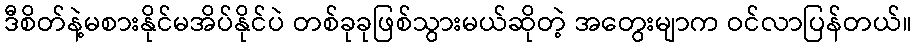
ဒီစိတ်နဲ့မစားနိုင်မအိပ်နိုင်ပဲ တစ်ခုခုဖြစ်သွားမယ်ဆိုတဲ့ အတွေးမျာက ဝင်လာပြန်တယ်။